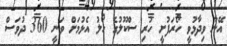
އޭނާ ވިދާޅުވީ ހޯރަފުށީ ހުރި ސްކޫލުގެ ހޯލު އެޅުމަށް ވަނީ 360 ދުވަސް